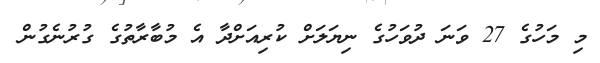
މި މަހުގެ 27 ވަނަ ދުވަހުގެ ނިޔަލަށް ކުރިއަށްދާ އެ މުބާރާތުގެ ގުރުނެގުން